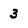
Character: 3